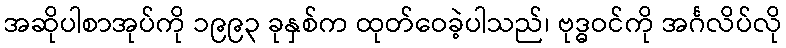
အဆိုပါစာအုပ်ကို ၁၉၉၃ ခုနှစ်က ထုတ်ဝေခဲ့ပါသည်၊ ဗုဒ္ဓဝင်ကို အင်္ဂလိပ်လို